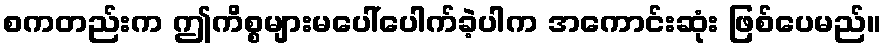
စကတည်းက ဤကိစ္စများမပေါ်ပေါက်ခဲ့ပါက အကောင်းဆုံး ဖြစ်ပေမည်။